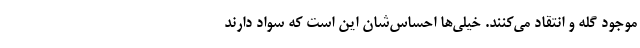
موجود گله و انتقاد می‌کنند. خیلی‌ها احساس‌شان این است که سواد دارند